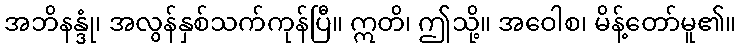
အဘိနန္ဒုံ၊ အလွန်နှစ်သက်ကုန်ပြီ။ ဣတိ၊ ဤသို့။ အဝေါစ၊ မိန့်တော်မူ၏။